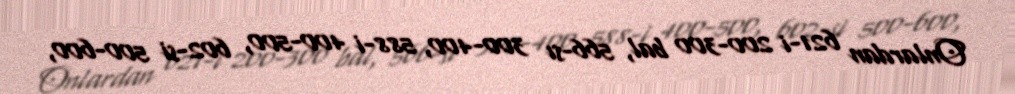
Onlardan 621-i 200-300 bal, 566-sı 300-400, 588-i 400-500, 602-si 500-600,